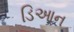
ડિઆન